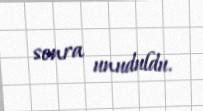
sonra unuduldu.